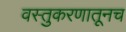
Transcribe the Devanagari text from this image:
वस्तुकरणातूनच